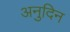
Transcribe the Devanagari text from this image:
अनुदिन